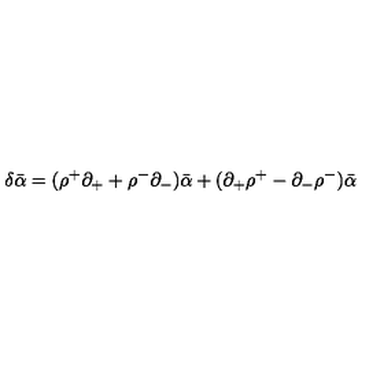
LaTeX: \delta \bar { \alpha } = ( \rho ^ { + } \partial _ { + } + \rho ^ { - } \partial _ { - } ) \bar { \alpha } + ( \partial _ { + } \rho ^ { + } - \partial _ { - } \rho ^ { - } ) \bar { \alpha }